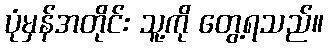
ပုံမှန်အတိုင်း သူ့ကို တွေ့ရသည်။